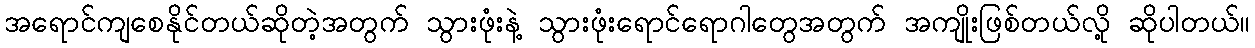
အရောင်ကျစေနိုင်တယ်ဆိုတဲ့အတွက် သွားဖုံးနဲ့ သွားဖုံးရောင်ရောဂါတွေအတွက် အကျိုးဖြစ်တယ်လို့ ဆိုပါတယ်။